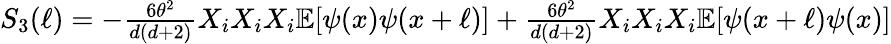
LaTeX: \begin{array}{r}{S_{3}(\ell)=-\frac{6\theta^{2}}{d(d+2)}X_{i}X_{i}X_{i}\mathbb{E}[\psi(x)\psi(x+\ell)]+\frac{6\theta^{2}}{d(d+2)}X_{i}X_{i}X_{i}\mathbb{E}[\psi(x+\ell)\psi(x)]}\end{array}